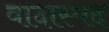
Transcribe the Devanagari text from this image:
वादास्पद